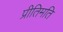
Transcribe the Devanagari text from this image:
प्रीतिमति